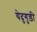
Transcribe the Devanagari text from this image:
येदुगुड़ी